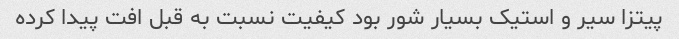
پیتزا سیر و استیک بسیار شور بود کیفیت نسبت به قبل افت پیدا کرده